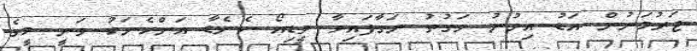
ޖަރުމަނުން އަޑު އިވުނު ވަގުތު ނަގާފައިވާ ވީޑިއޯ ކެނެޑާ އަންހެނަކު ވަނީ މީގެ